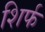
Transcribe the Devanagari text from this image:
शिर्फ